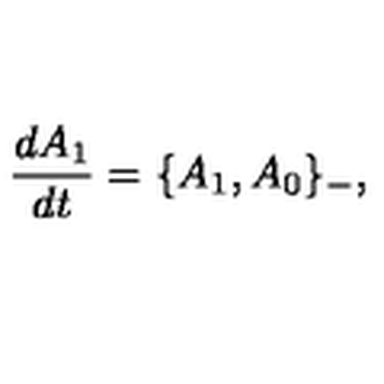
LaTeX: \frac { d A _ { 1 } } { d t } = \{ A _ { 1 } , A _ { 0 } \} _ { - } ,